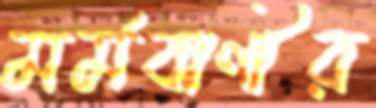
মর্মবাণীর